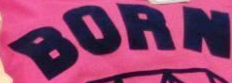
BORN